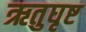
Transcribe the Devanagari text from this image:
ऋतुघृष्ट